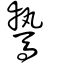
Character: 騺